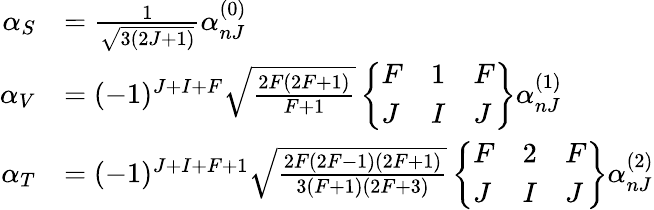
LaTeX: \begin{array}{rl}{\alpha_{S}}&{=\frac{1}{\sqrt{3(2J+1)}}\alpha_{nJ}^{(0)}}\\ {\alpha_{V}}&{=(-1)^{J+I+F}\sqrt{\frac{2F(2F+1)}{F+1}}\left\{ \begin{array}{lll}{F}&{1}&{F}\\ {J}&{I}&{J}\end{array}\right\} \alpha_{nJ}^{(1)}}\\ {\alpha_{T}}&{=(-1)^{J+I+F+1}\sqrt{\frac{2F(2F-1)(2F+1)}{3(F+1)(2F+3)}}\left\{ \begin{array}{lll}{F}&{2}&{F}\\ {J}&{I}&{J}\end{array}\right\} \alpha_{nJ}^{(2)}}\end{array}